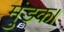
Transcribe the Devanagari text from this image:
मुंडक।